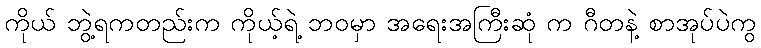
ကိုယ် ဘွဲ့ရကတည်းက ကိုယ့်ရဲ့ ဘဝမှာ အရေးအကြီးဆုံ က ဂီတနဲ့ စာအုပ်ပဲကွ